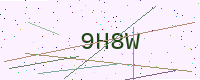
Text: 9H8W